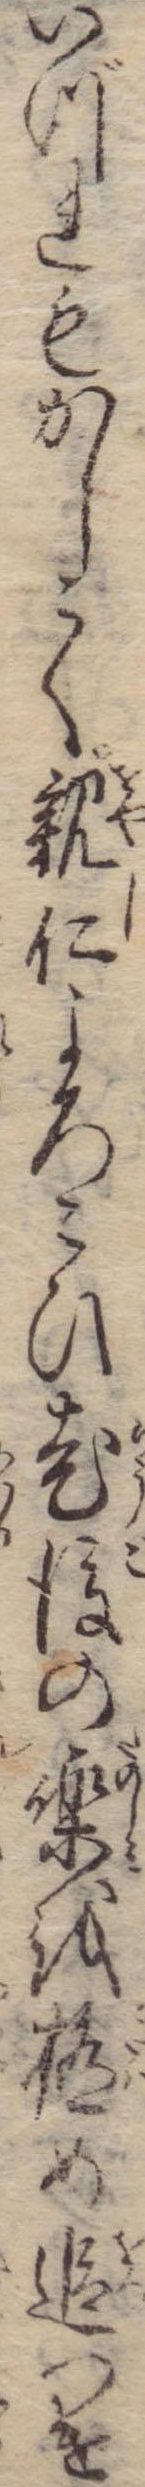
いづれもかしこく親仁よろこひ老後の楽を極め追つけ